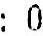
: 0